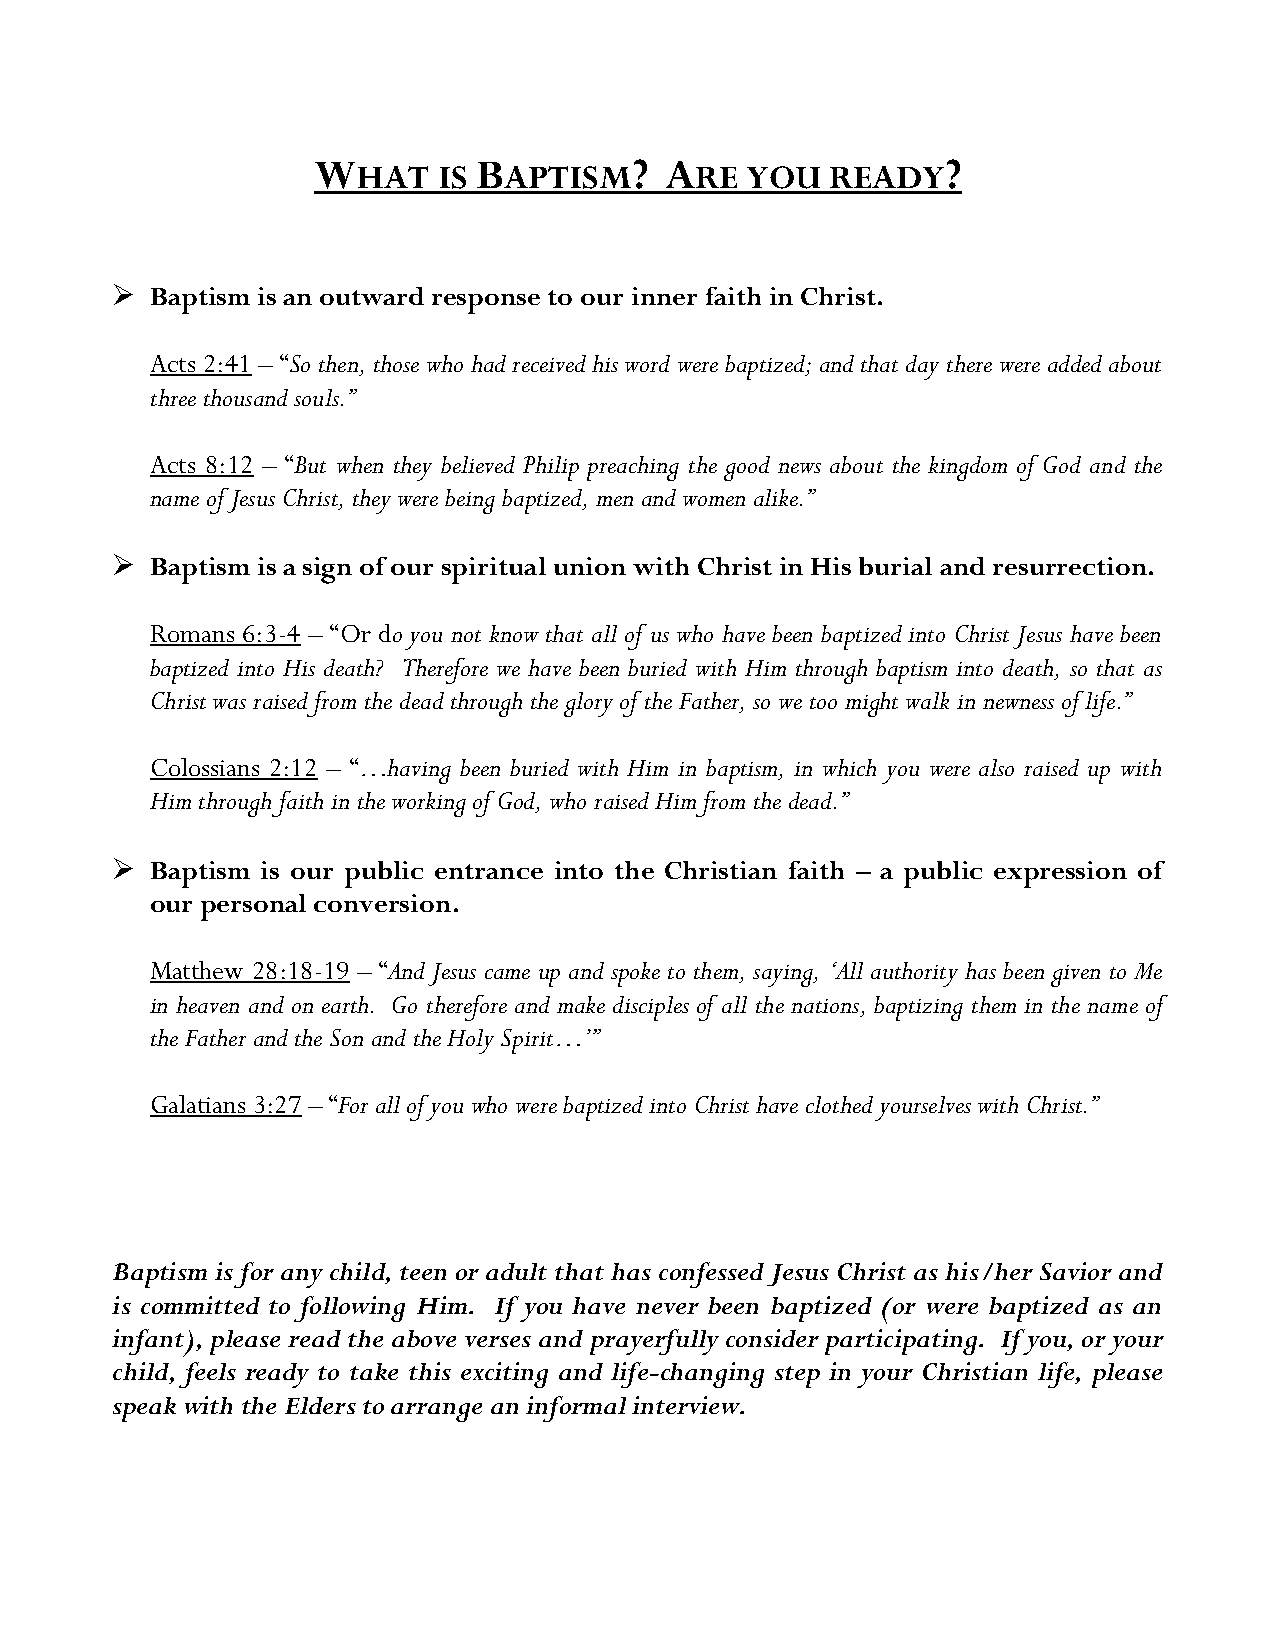
W          B         ? A                  ?
 HAT  IS  APTISM       RE YOU   READY
 ➢  Baptism is an outward response to our inner faith in Christ.
 Acts 2:41 – “So then, those who had received his word were baptized; and that day there were added about
 three thousand souls.”
 Acts 8:12 – “But when they believed Philip preaching the good news about the kingdom of God and the
 name of Jesus Christ, they were being baptized, men and women alike.”
 ➢  Baptism is a sign of our spiritual union with Christ in His burial and resurrection.
 Romans 6:3-4 – “Or do you not know that all of us who have been baptized into Christ Jesus have been
 baptized into His death? Therefore we have been buried with Him through baptism into death, so that as
 Christ was raised from the dead through the glory of the Father, so we too might walk in newness of life.”
 Colossians 2:12 – “…having been buried with Him in baptism, in which you were also raised up with
 Him through faith in the working of God, who raised Him from the dead.”
 ➢  Baptism is our public entrance into the Christian faith – a public expression of
 our personal conversion.
 Matthew 28:18-19 – “And Jesus came up and spoke to them, saying, ‘All authority has been given to Me
 in heaven and on earth. Go therefore and make disciples of all the nations, baptizing them in the name of
 the Father and the Son and the Holy Spirit…’”
 Galatians 3:27 – “For all of you who were baptized into Christ have clothed yourselves with Christ.”
 Baptism is for any child, teen or adult that has confessed Jesus Christ as his/her Savior and
 is committed to following Him. If you have never been baptized (or were baptized as an
 infant), please read the above verses and prayerfully consider participating. If you, or your
 child, feels ready to take this exciting and life-changing step in your Christian life, please
 speak with the Elders to arrange an informal interview.